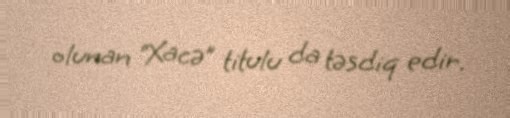
olunan “Xacə” titulu da təsdiq edir.